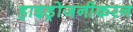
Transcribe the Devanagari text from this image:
हाइड्रोजनीकरन